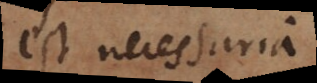
est necessaria